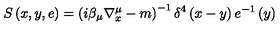
S \left( x , y , e \right) = \left( i \beta _ { \mu } \nabla _ { x } ^ { \mu } - m \right) ^ { - 1 } \delta ^ { 4 } \left( x - y \right) e ^ { - 1 } \left( y \right)